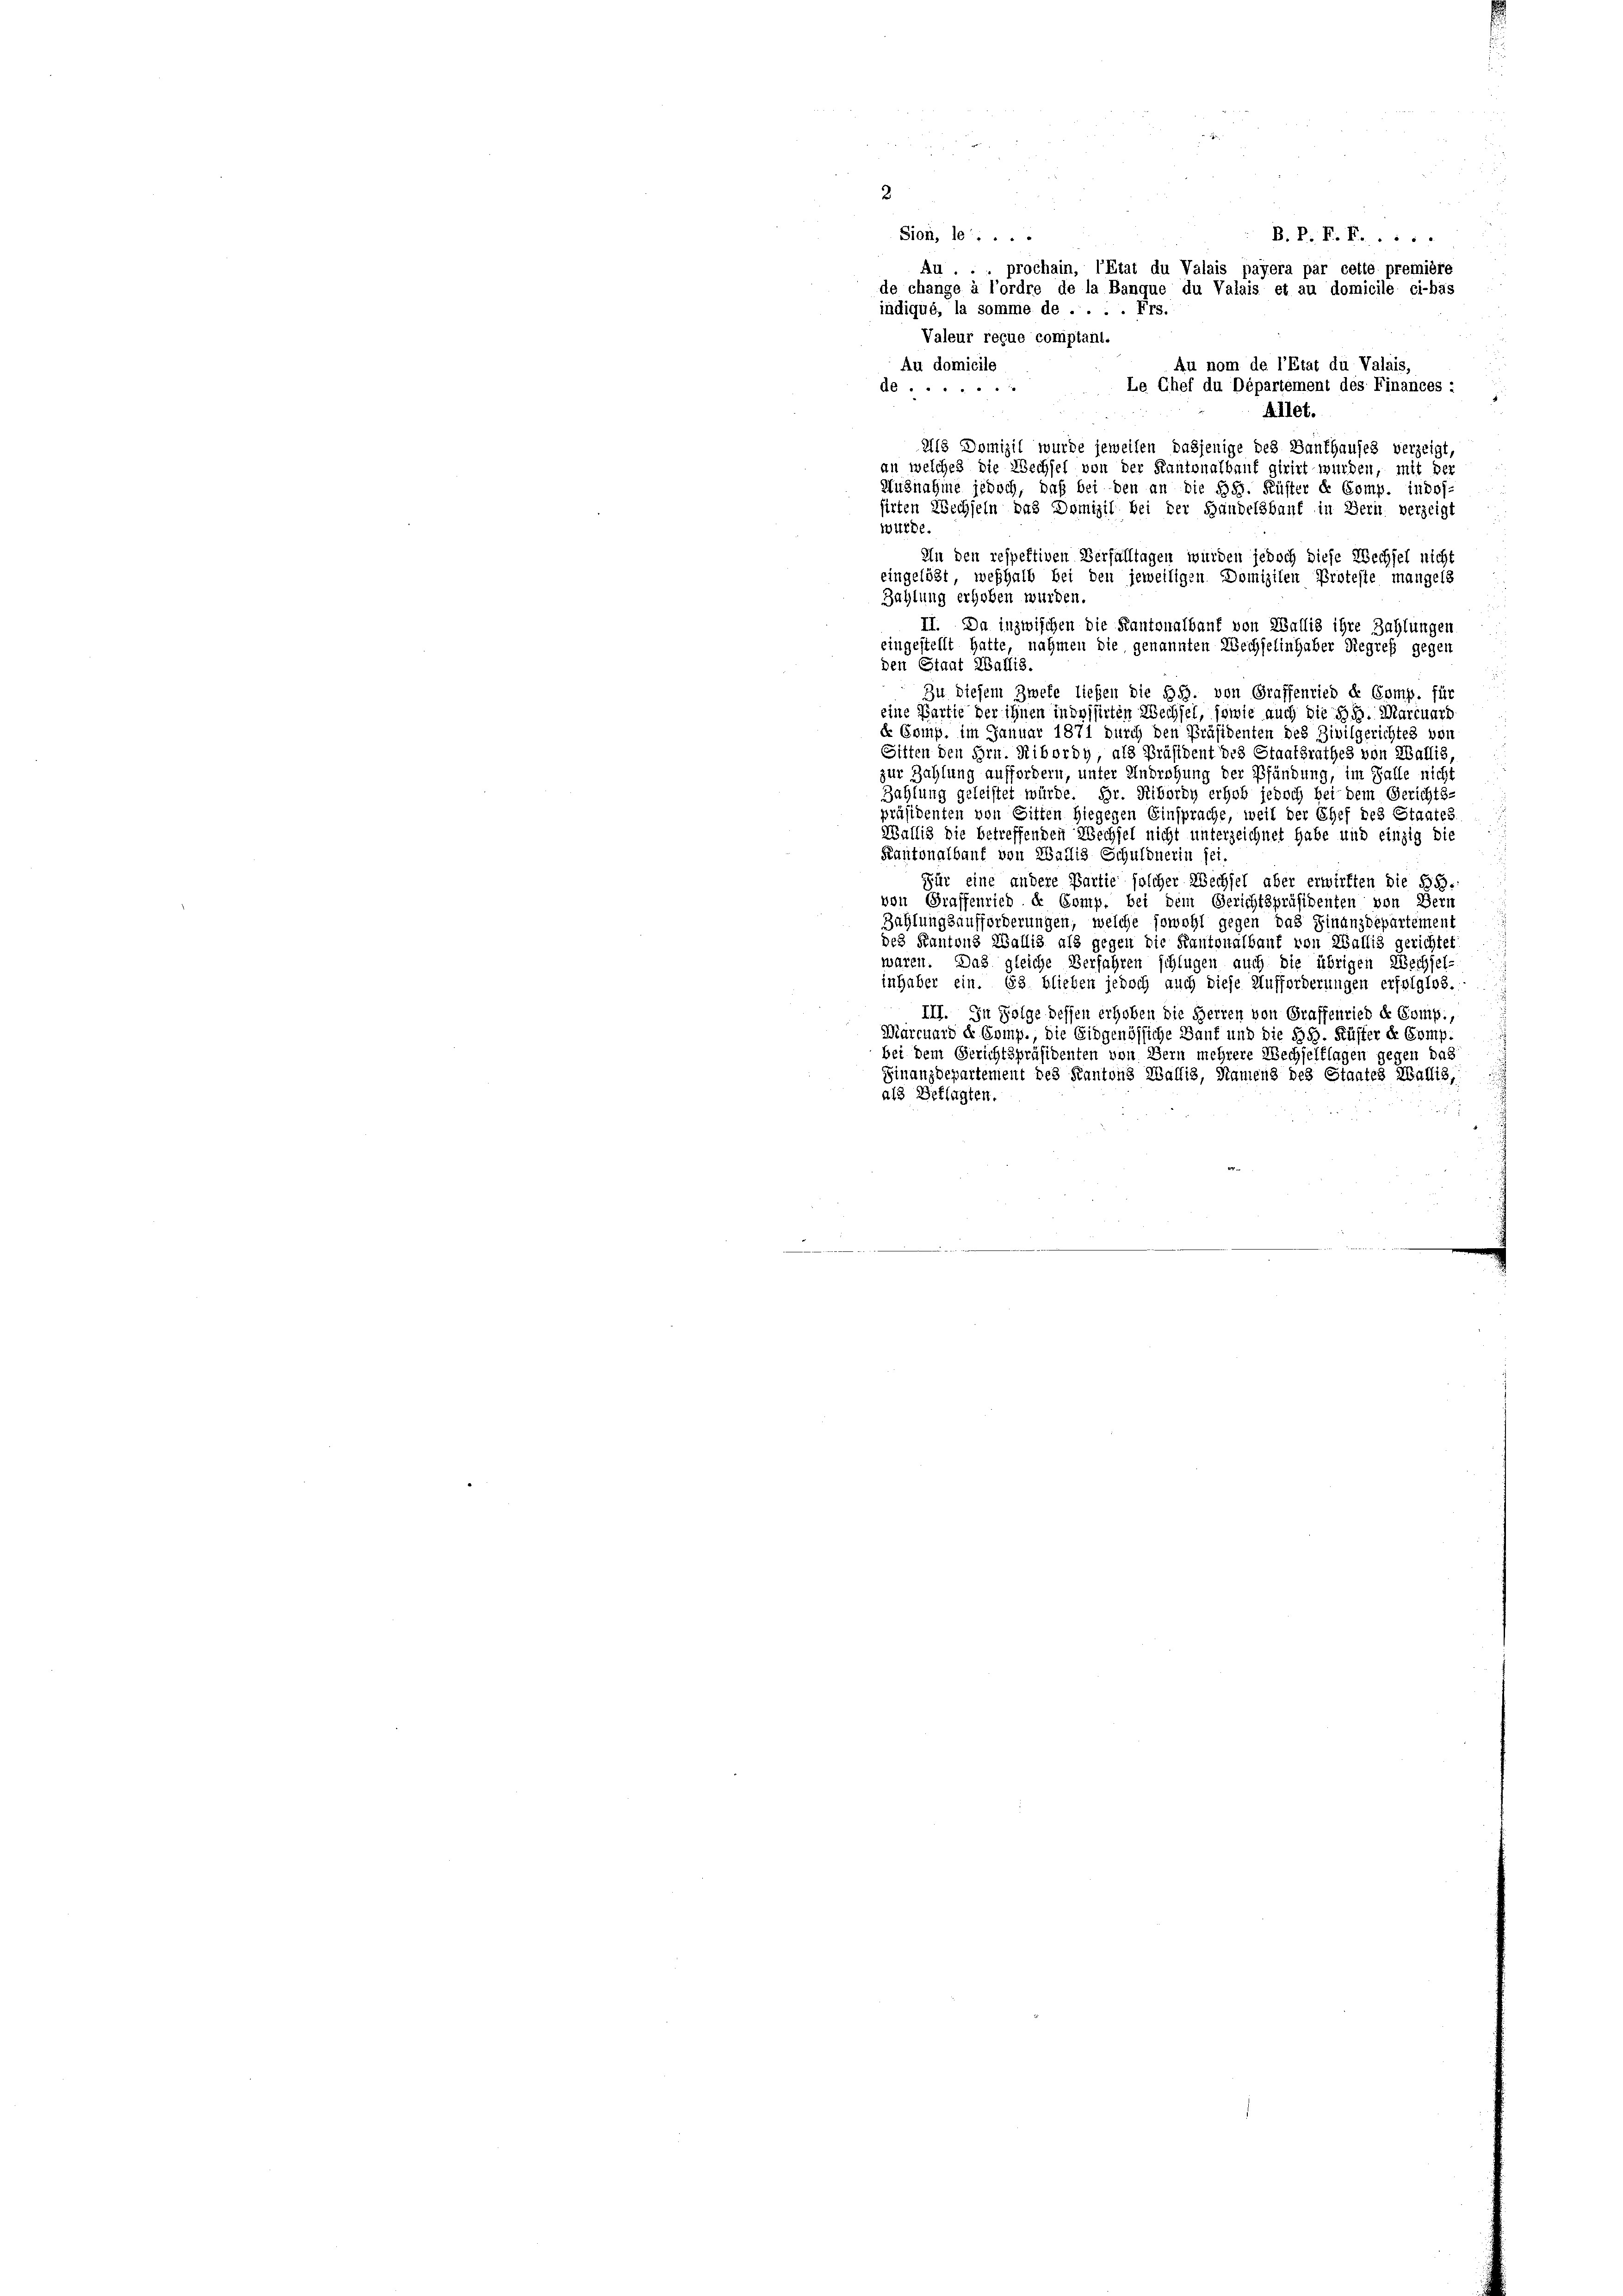
2
Sion, le . . . .
indiqué, la somme de . . . . Frs.
Valeur reçue comptant.
Au domicile
Au nom de l’Etat du Valais,
Le Chef du Département des Finances :
AG ......
Allet.
Als Domizil wurde jeweilen dasjenige des Banthauses verzeigt,
an welches die Wechsel von der Kantonalbauf girirt wurden, mit der
Ausnahme jedoch, daß bei den an die Ges. Küster de Comp. indof
sirten Wechseln das Domizil bei der Handelsbauf in Bern verzeigt
Wurde.
In den respektiven Verfalltagen wurden jedoch diese Wechsel nicht
eingelöst, weshalb bei den jeweiligen Domizilen Proteste mangels
Zahlung erhoben wurden.
II. Da inzwischen die Kantonalbauf von Wallis ihre Zahlungen
eingestellt hatte, nahmen die genannten Wechselinhaber Regreß gegen
den Staat Wallis.
Zu diesem Zweke liefen die BG. von Graffenried de Comp. für
eine Partie der ihnen indesserten Wechsel, sowie auch die H. Marcuard
e Comp. im Januar 1871 durch den Präsidenten des Zivilgerichtes vor
Sitten den Hrn. Ribordy, als Präsident des Staatsrathes von Wallis,
zur Zahlung auffordern, unter Androhung der Pfändung, im Falle nicht
Zahlung geleistet würde. Hr. Ribordy erhob jedoch bei dem Gerichts-
präsidenten von Gitten hiegegen Einsprache, weil der Chef des Staates
Wallis die betreffenden Wechsel nicht unterzeichnet habe und einzig die
Kantonalbauf von Wallis Schuldnerin sei.
Für eine andere Partie solcher Wechsel aber erwirften die 553.
von Graffenried de Comp. bei dem Gerichtspräsidenten von Bern
Zahlungsaufforderungen, welche sowohl gegen das Finanzdepartement
des Kantons Wallis als gegen die Kantonalbaut von Wallis gerichtet
waren. Das gleiche Verfahren schlügen auch die übrigen Wechsel
inhaber ein. Es blieben jedoch auch diese Aufforderungen erfolglos.-
III. In Folge dessen erhoben die Herren von Graffenried de Comp.,
Marcuard de Comp., die Eidgenössiche Bauf und die §§. Küster de Comp.
bei dem Gerichtspräsidenten von Bern mehrere Wechselflagen gegen das
Finanzdepartement des Kantons Wallis, Namens des Staates Wallis,
als Beklagten.

B. P. P. F. .....
Au . . . prochain, l’Etat du Valais payera par cette première
de change à l’ordre de la Banque du Valais et an domicile ci-bas